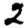
Digit: 2